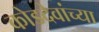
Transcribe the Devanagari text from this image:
कोडदेवांच्या